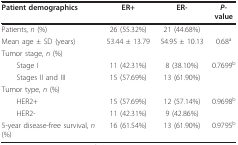
<table><thead><tr><td><b>Patient demographics</b></td><td><b>ER+</b></td><td><b>ER-</b></td><td><b><i>P</i>-value</b></td></tr></thead><tbody><tr><td>Patients, <i>n </i>(%)</td><td>26 (55.32%)</td><td>21 (44.68%)</td><td></td></tr><tr><td>Mean age ± SD (years)</td><td>53.44 ± 13.79</td><td>54.95 ± 10.13</td><td>0.68<sup>a</sup></td></tr><tr><td>Tumor stage, <i>n </i>(%)</td><td></td><td></td><td></td></tr><tr><td> Stage I</td><td>11 (42.31%)</td><td>8 (38.10%)</td><td>0.7699<sup>b</sup></td></tr><tr><td> Stages II and III</td><td>15 (57.69%)</td><td>13 (61.90%)</td><td></td></tr><tr><td>Tumor type, <i>n </i>(%)</td><td></td><td></td><td></td></tr><tr><td> HER2+</td><td>15 (57.69%)</td><td>12 (57.14%)</td><td>0.9698<sup>b</sup></td></tr><tr><td> HER2-</td><td>11 (42.31%)</td><td>9 (42.86%)</td><td></td></tr><tr><td>5-year disease-free survival, <i>n </i>(%)</td><td>16 (61.54%)</td><td>13 (61.90%)</td><td>0.9795<sup>b</sup></td></tr></tbody></table>